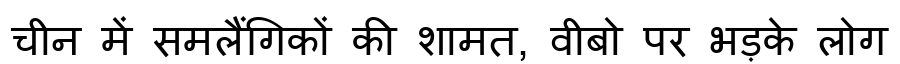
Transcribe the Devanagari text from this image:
चीन में समलैंगिकों की शामत, वीबो पर भड़के लोग